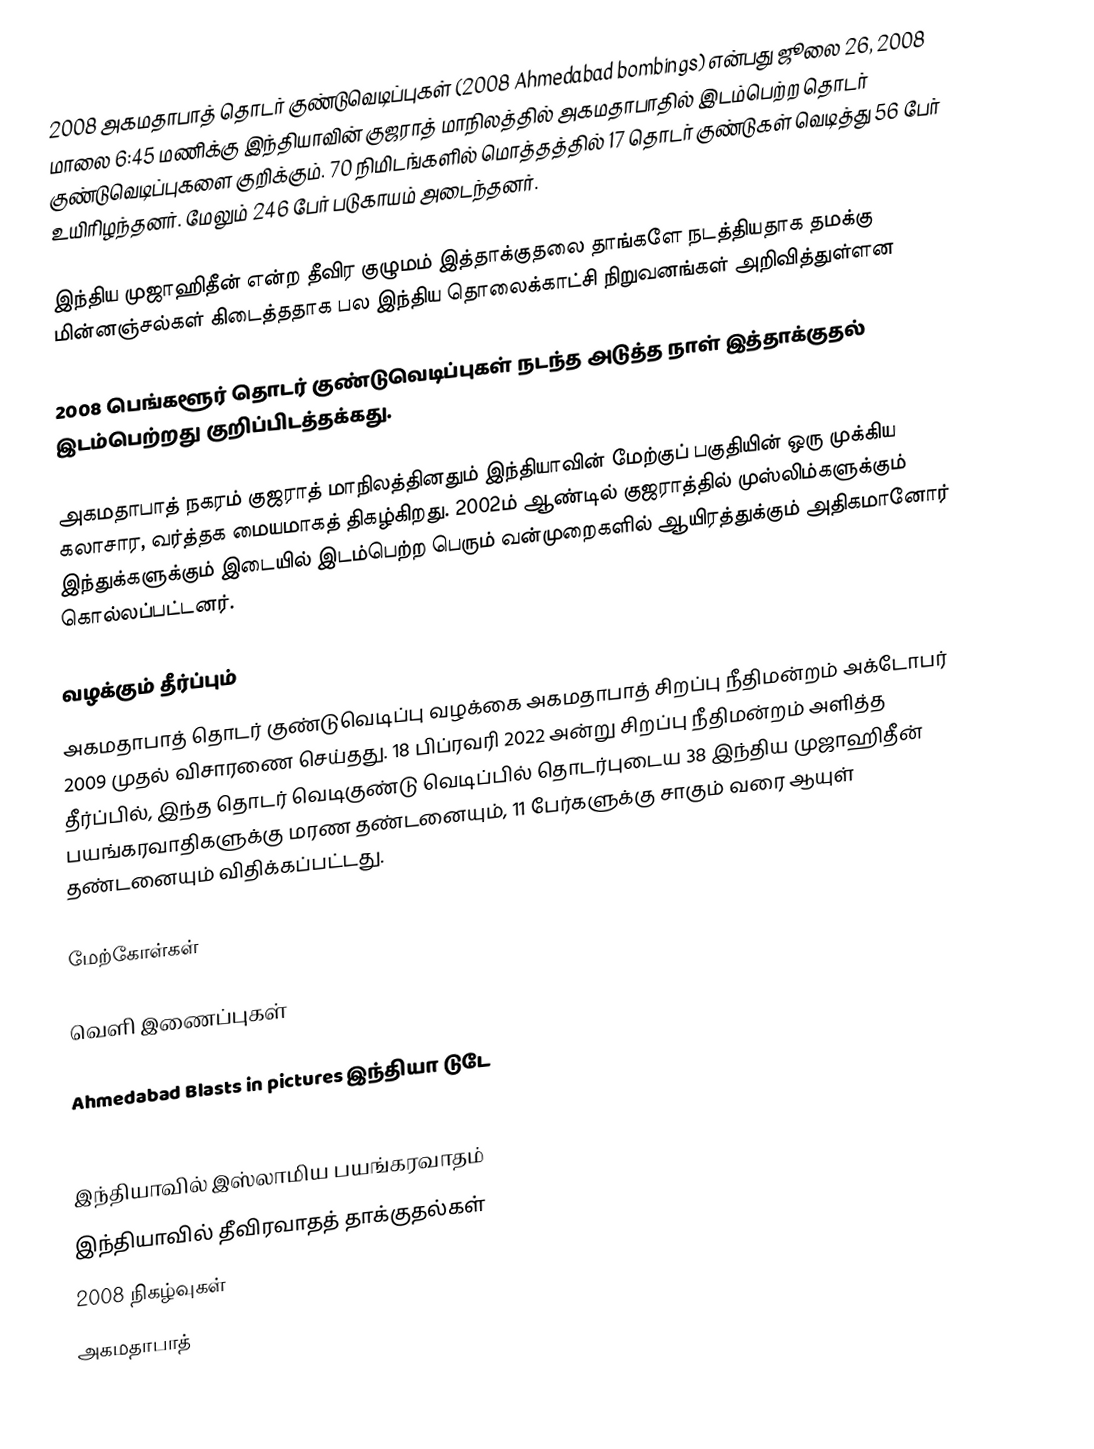
2008 அகமதாபாத் தொடர் குண்டுவெடிப்புகள் (2008 Ahmedabad bombings) என்பது ஜூலை 26, 2008 மாலை 6:45 மணிக்கு இந்தியாவின் குஜராத் மாநிலத்தில் அகமதாபாதில் இடம்பெற்ற தொடர் குண்டுவெடிப்புகளை குறிக்கும். 70 நிமிடங்களில் மொத்தத்தில் 17 தொடர் குண்டுகள் வெடித்து 56 பேர் உயிரிழந்தனர். மேலும் 246 பேர் படுகாயம் அடைந்தனர்.

இந்திய முஜாஹிதீன் என்ற தீவிர குழுமம் இத்தாக்குதலை தாங்களே நடத்தியதாக தமக்கு மின்னஞ்சல்கள் கிடைத்ததாக பல இந்திய தொலைக்காட்சி நிறுவனங்கள் அறிவித்துள்ளன

2008 பெங்களூர் தொடர் குண்டுவெடிப்புகள் நடந்த அடுத்த நாள் இத்தாக்குதல் இடம்பெற்றது குறிப்பிடத்தக்கது.

அகமதாபாத் நகரம் குஜராத் மாநிலத்தினதும் இந்தியாவின் மேற்குப் பகுதியின் ஒரு முக்கிய கலாசார, வர்த்தக மையமாகத் திகழ்கிறது. 2002ம் ஆண்டில் குஜராத்தில் முஸ்லிம்களுக்கும் இந்துக்களுக்கும் இடையில் இடம்பெற்ற பெரும் வன்முறைகளில் ஆயிரத்துக்கும் அதிகமானோர் கொல்லப்பட்டனர்.

வழக்கும் தீர்ப்பும்
அகமதாபாத் தொடர் குண்டுவெடிப்பு வழக்கை அகமதாபாத் சிறப்பு நீதிமன்றம் அக்டோபர் 2009 முதல் விசாரணை செய்தது. 18 பிப்ரவரி 2022 அன்று சிறப்பு நீதிமன்றம் அளித்த தீர்ப்பில், இந்த தொடர் வெடிகுண்டு வெடிப்பில் தொடர்புடைய 38 இந்திய முஜாஹிதீன் பயங்கரவாதிகளுக்கு மரண தண்டனையும், 11 பேர்களுக்கு சாகும் வரை ஆயுள் தண்டனையும் விதிக்கப்பட்டது.

மேற்கோள்கள்

வெளி இணைப்புகள்

 Ahmedabad Blasts in pictures இந்தியா டுடே

இந்தியாவில் இஸ்லாமிய பயங்கரவாதம்
இந்தியாவில் தீவிரவாதத் தாக்குதல்கள்
2008 நிகழ்வுகள்
அகமதாபாத்